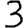
Digit: 3